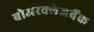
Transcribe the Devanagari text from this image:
बोअरक्लेजबैंक